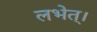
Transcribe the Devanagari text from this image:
लभेत्।